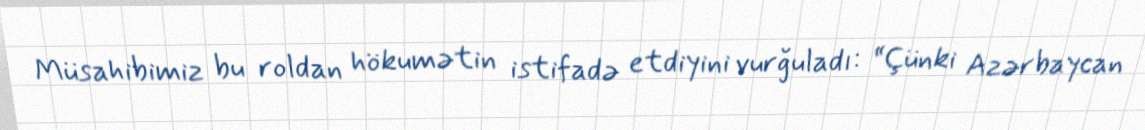
Müsahibimiz bu roldan hökumətin istifadə etdiyini vurğuladı: “Çünki Azərbaycan